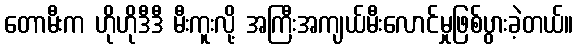
တောမီးက ဟိုဟိုဒီဒီ မီးကူးလို့ အကြီးအကျယ်မီးလောင်မှုဖြစ်ပွားခဲ့တယ်။